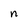
Character: n